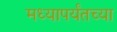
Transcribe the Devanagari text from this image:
मध्यापर्यंतच्या